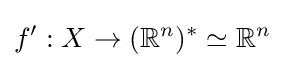
f':X\to (\mathbb {R} ^{n})^{*}\simeq \mathbb {R} ^{n}